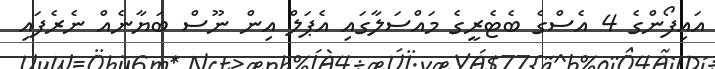
އައިފޯންގެ 4 އެސްގެ ބެޓެރީގެ މައްސަލާގައި އެޕަލް އިން ނޫސް ބަޔާނެއް ނެރެފައި